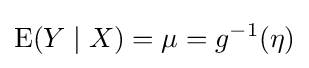
\operatorname {E} (Y\mid X)=\mu =g^{-1}(\eta )